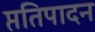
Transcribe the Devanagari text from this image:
प्ततिपादन